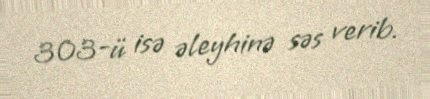
303-ü isə əleyhinə səs verib.